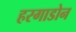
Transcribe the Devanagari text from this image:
हरगाडोन